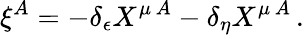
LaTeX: \xi^{A}=-\delta_{\epsilon}X^{\mu\, A}-\delta_{\eta}X^{\mu\, A}\, .